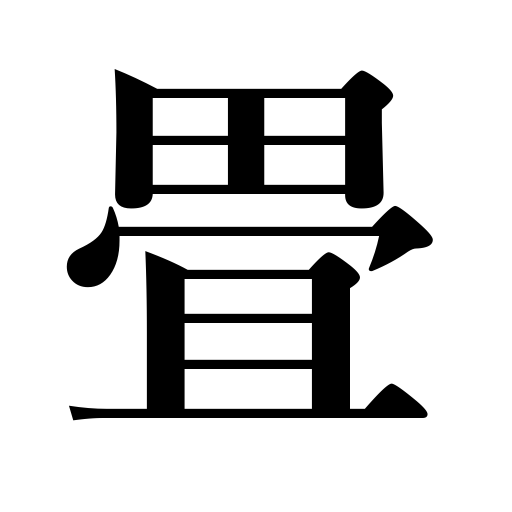
Meanings: kill,folding,bear in mind,mat counter,do away with,fold up,shut,furl,collapsible,shut up,fold,wind up affairs